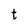
Character: t